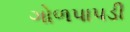
ગોળપાપડી